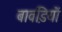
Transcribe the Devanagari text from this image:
बावडि़यों